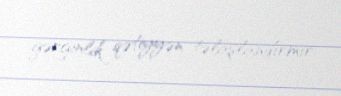
gərginlik qətiyyən təlaşlandırmır.